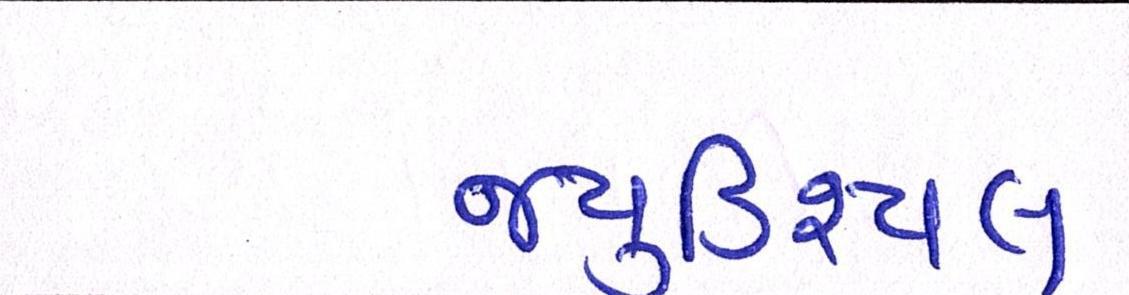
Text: જ્યુડિશ્યલ